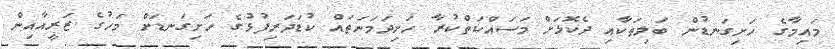
މައިމާގެ ހަށިގަނޑުން ބަލިތަކާއި ދެކޮޅަށް މަސައްކަތްކުރާ ހަށިދަމަނަތައް ކުޑަދަރިފުޅުގެ ހަށިގަނޑަށް މަހުގެ ޒަރީއާއިން